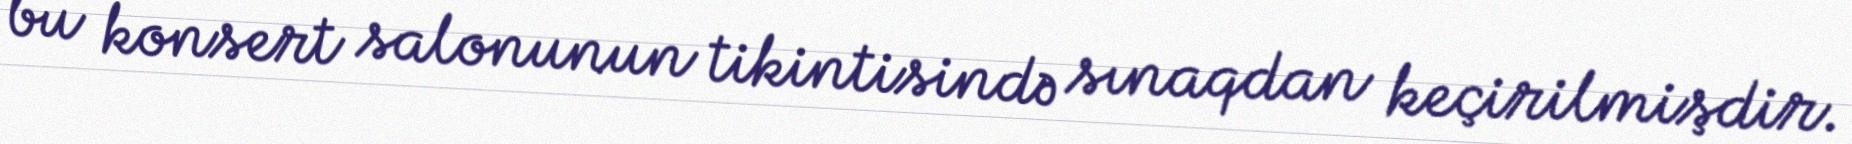
bu konsert salonunun tikintisində sınaqdan keçirilmişdir.